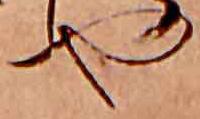
や